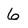
Character: 6